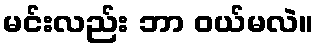
မင်းလည်း ဘာ ဝယ်မလဲ။